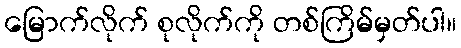
မြောက်လိုက် စုလိုက်ကို တစ်ကြိမ်မှတ်ပါ။